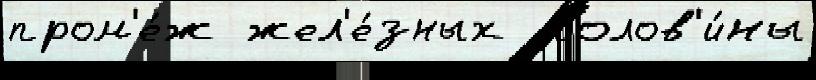
пром'е́ж жел'е́зных  полов'и́ны